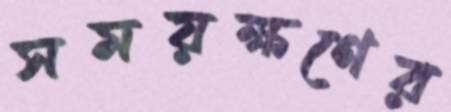
সময়ক্ষণের